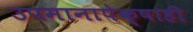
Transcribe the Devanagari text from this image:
उपमानापेक्षाही